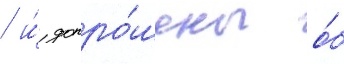
/ и́ допро́шены о́б